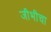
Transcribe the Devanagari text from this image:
जीभीचा